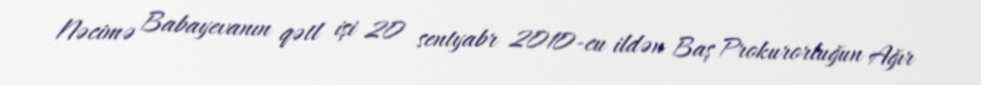
Nəcimə Babayevanın qətl işi 20 sentyabr 2010-cu ildən Baş Prokurorluğun Ağır